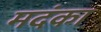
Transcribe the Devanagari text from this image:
मदंका